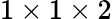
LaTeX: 1\times 1\times 2